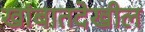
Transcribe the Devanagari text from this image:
खांबातदेखील